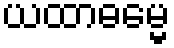
ယထာဓမ္မေ